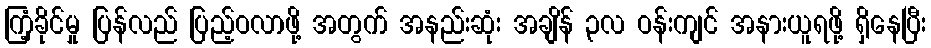
ကြံ့ခိုင်မှု ပြန်လည် ပြည့်ဝလာဖို့ အတွက် အနည်းဆုံး အချိန် ၃လ ဝန်းကျင် အနားယူရဖို့ ရှိနေပြီး